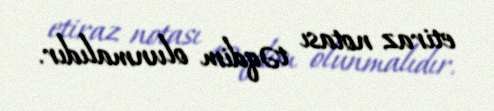
etiraz notası təqdim olunmalıdır.